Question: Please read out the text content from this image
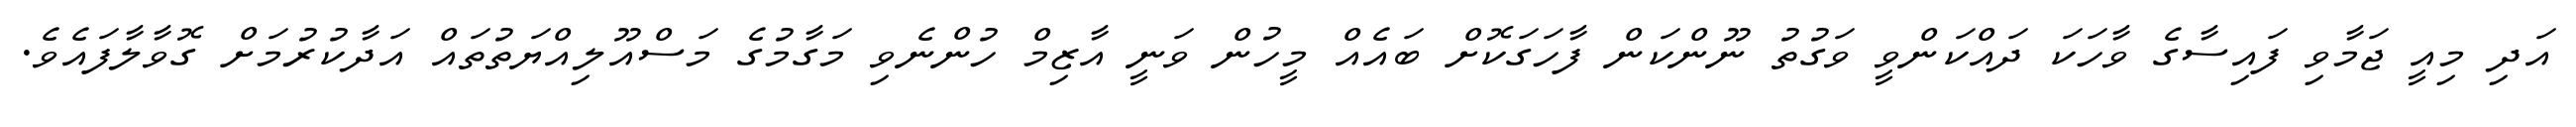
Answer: އަދި މިއީ ޖަމާވި ފައިސާގެ ވާހަކަ ދައްކަންވީ ވަގުތު ނޫންކަން ފާހަގަކޮށް ބައެއް މީހުން ވަނީ އާޒިމް ހުންނެވި މަގާމުގެ މަސްއޫލިއްޔަތުތައް އަދާކުރުމަށް ގޮވާލާފައެވެ.